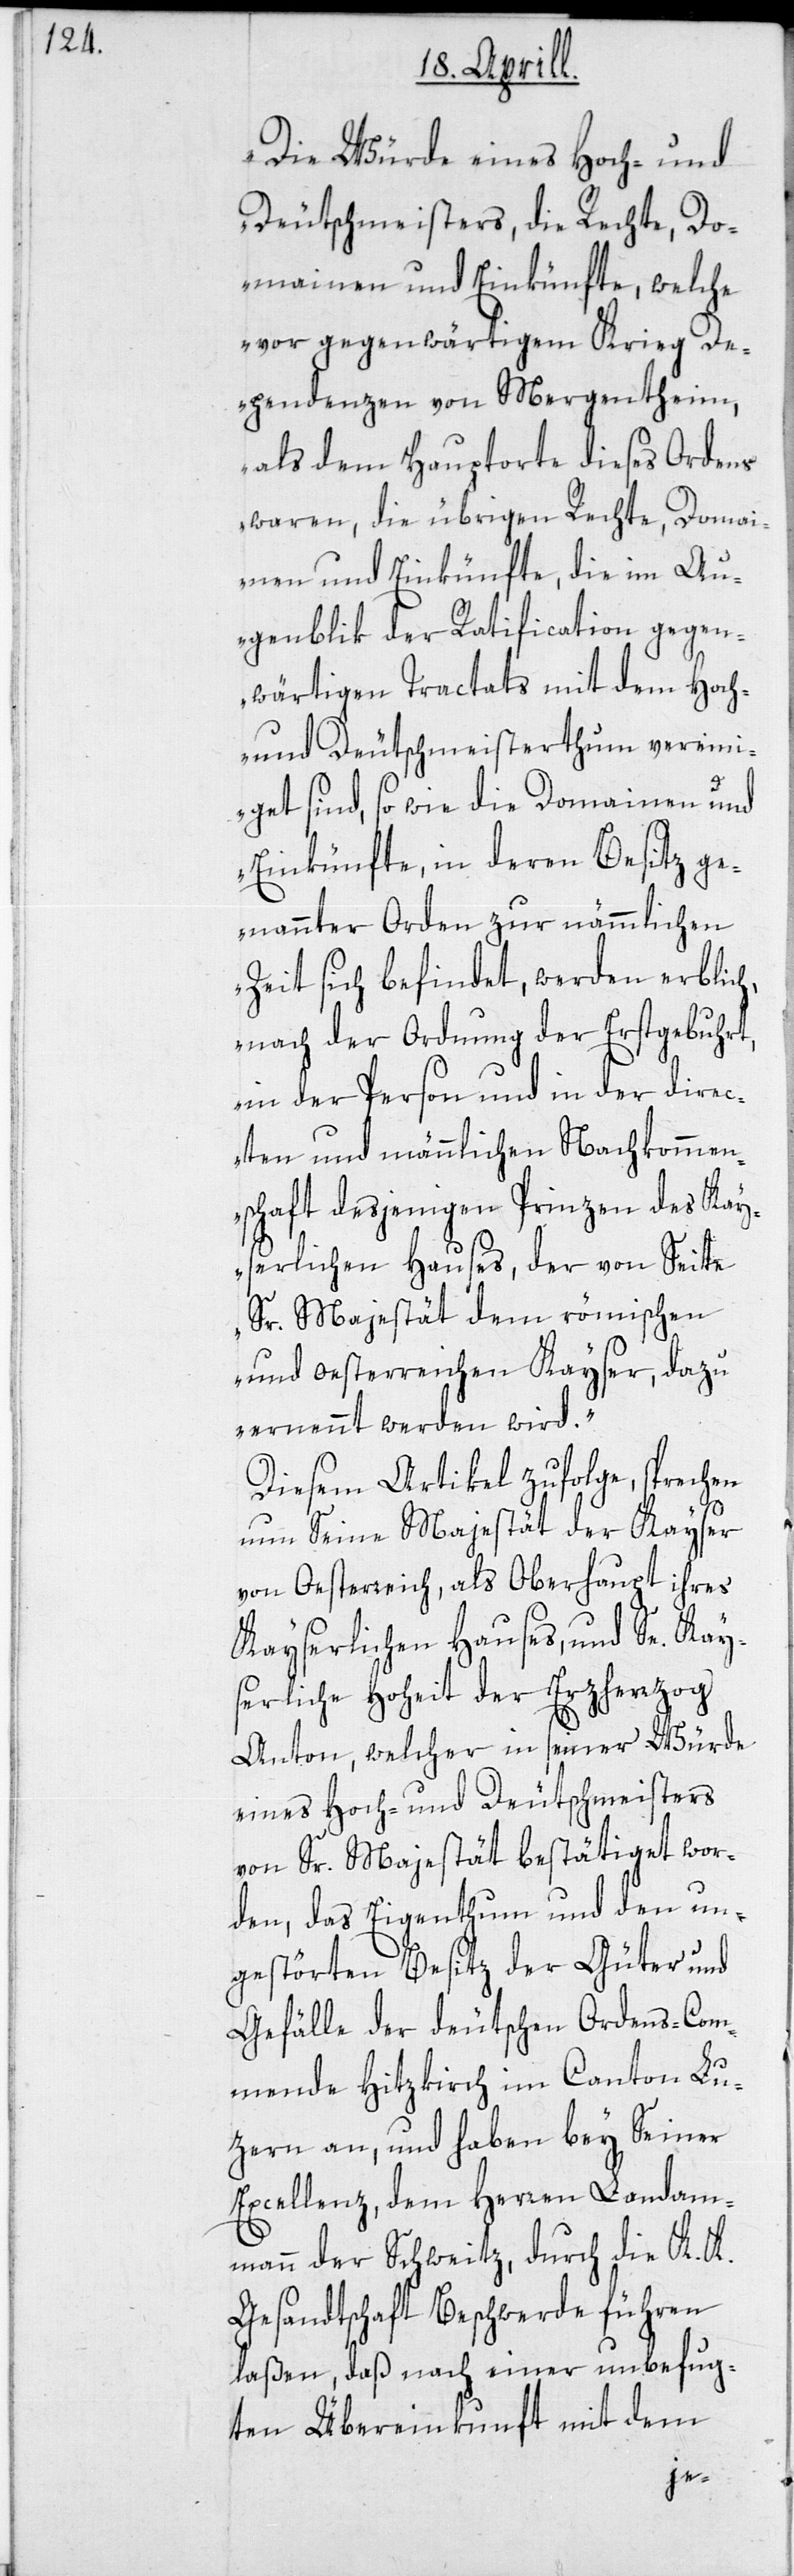
„Die Würde eines Hoch- und
Deutschmeisters, die Rechte, Do¬
mainen und Einkünfte, welche
vor gegenwärtigem Krieg De¬
pendenzen von Mergentheim,
als dem Hauptorte dieses Ordens
waren, die übrigen Rechte, Domai¬
nen und Einkünfte, die im Au¬
genblik der Ratification gegen¬
wärtigen Tractats mit dem Hoch-
und Deutschmeisterthum vereini¬
get sind, so wie die Domainen und
Einkünfte, in deren Besitz ge¬
nannter Orden zur nämmlichen
Zeit sich befindet, werden erblich,
nach der Ordnung der Erstgebuhrt,
in der Person und in der direc¬
ten und männlichen Nachkommen¬
schaft desjenigen Prinzen des Kay¬
serlichen Hauses, der von Seite
Sr. Majestät dem römischen
und oesterreichen Kayser, dazu
ernennt werden wird.“
Diesem Artikel zufolge, sprechen
nun Seine Majestät der Kayser
von Oesterreich, als Oberhaupt ihres
Kayserlichen Hauses, und Se. Kays¬
erliche Hoheit der Erzherrzog
Anton, welcher in seiner Würde
eines Hoch- und Deutschmeisters
von Sr. Majestät bestätiget wor¬
den, das Eigenthum und den un¬
gestörten Besitz der Güter und
Gefälle der deutschen Ordens-Com¬
mende Hitzkirch im Canton Lu¬
zern an, und haben bey Seiner
Excellenz, dem Herren Landam¬
mann der Schweitz, durch die K. K.
Gesandtschaft Beschwerde führen
laßen, daß nach einer unbefug¬
ten Übereinkunft mit dem